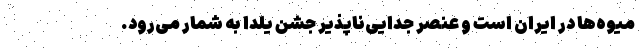
میوه‌ها در ایران است و عنصر جدایی‌ناپذیر جشن یلدا به شمار می‌رود.